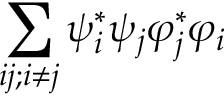
\sum _ { i j ; i \neq j } \psi _ { i } ^ { * } \psi _ { j } \varphi _ { j } ^ { * } \varphi _ { i }